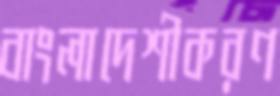
বাংলাদেশীকরণ